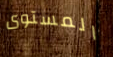
المستوى